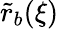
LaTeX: \tilde{r}_{b}(\xi)